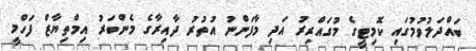
ބައްދަލުވުމުގައި ކޮމިޓީގެ މުގައްރިރު އަދި މާފަންނު އުތުރު ދާއިރާގެ މެންބަރު އިމްތިޔާޒް ފަހްމީ